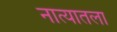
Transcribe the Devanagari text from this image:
नात्यातला